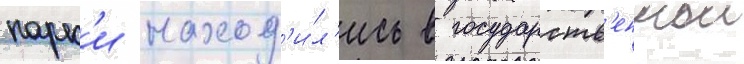
парк'и наход'и́л'ись в государств'еннои